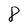
Character: 8